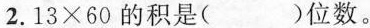
2.$$13\times60$$的积是( )位数。